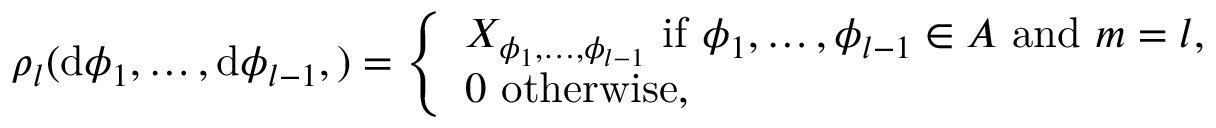
\begin{array} { r } { \rho _ { l } ( \mathrm { d } \phi _ { 1 } , \dots , \mathrm { d } \phi _ { l - 1 } , ) = \left\{ \begin{array} { l l } { X _ { \phi _ { 1 } , \dots , \phi _ { l - 1 } } \mathrm { ~ i f ~ } \phi _ { 1 } , \dots , \phi _ { l - 1 } \in A \mathrm { ~ a n d ~ } m = l , } \\ { 0 \mathrm { ~ o t h e r w i s e } , } \end{array} \right. } \end{array}